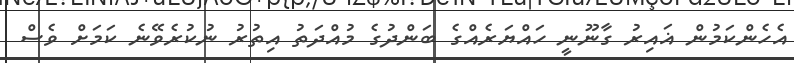
އެހެންކަމުން ޣައިރު ގާނޫނީ ހައްޔަރެއްގެ ބަންދުގެ މުއްދަތު އިތުރު ނުކުރެވޭނެ ކަމަށް ވެސް